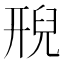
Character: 𮍩